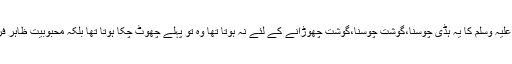
حضورصلی اللہ علیہ وسلم کا یہ ہڈی چوسنا،گوشت چوسنا،گوشت چھوڑانے کے لئے نہ ہوتا تھا وہ تو پہلے چھوٹ چکا ہوتا تھا بلکہ محبوبیت ظاہر فرمانے کے لئے۔